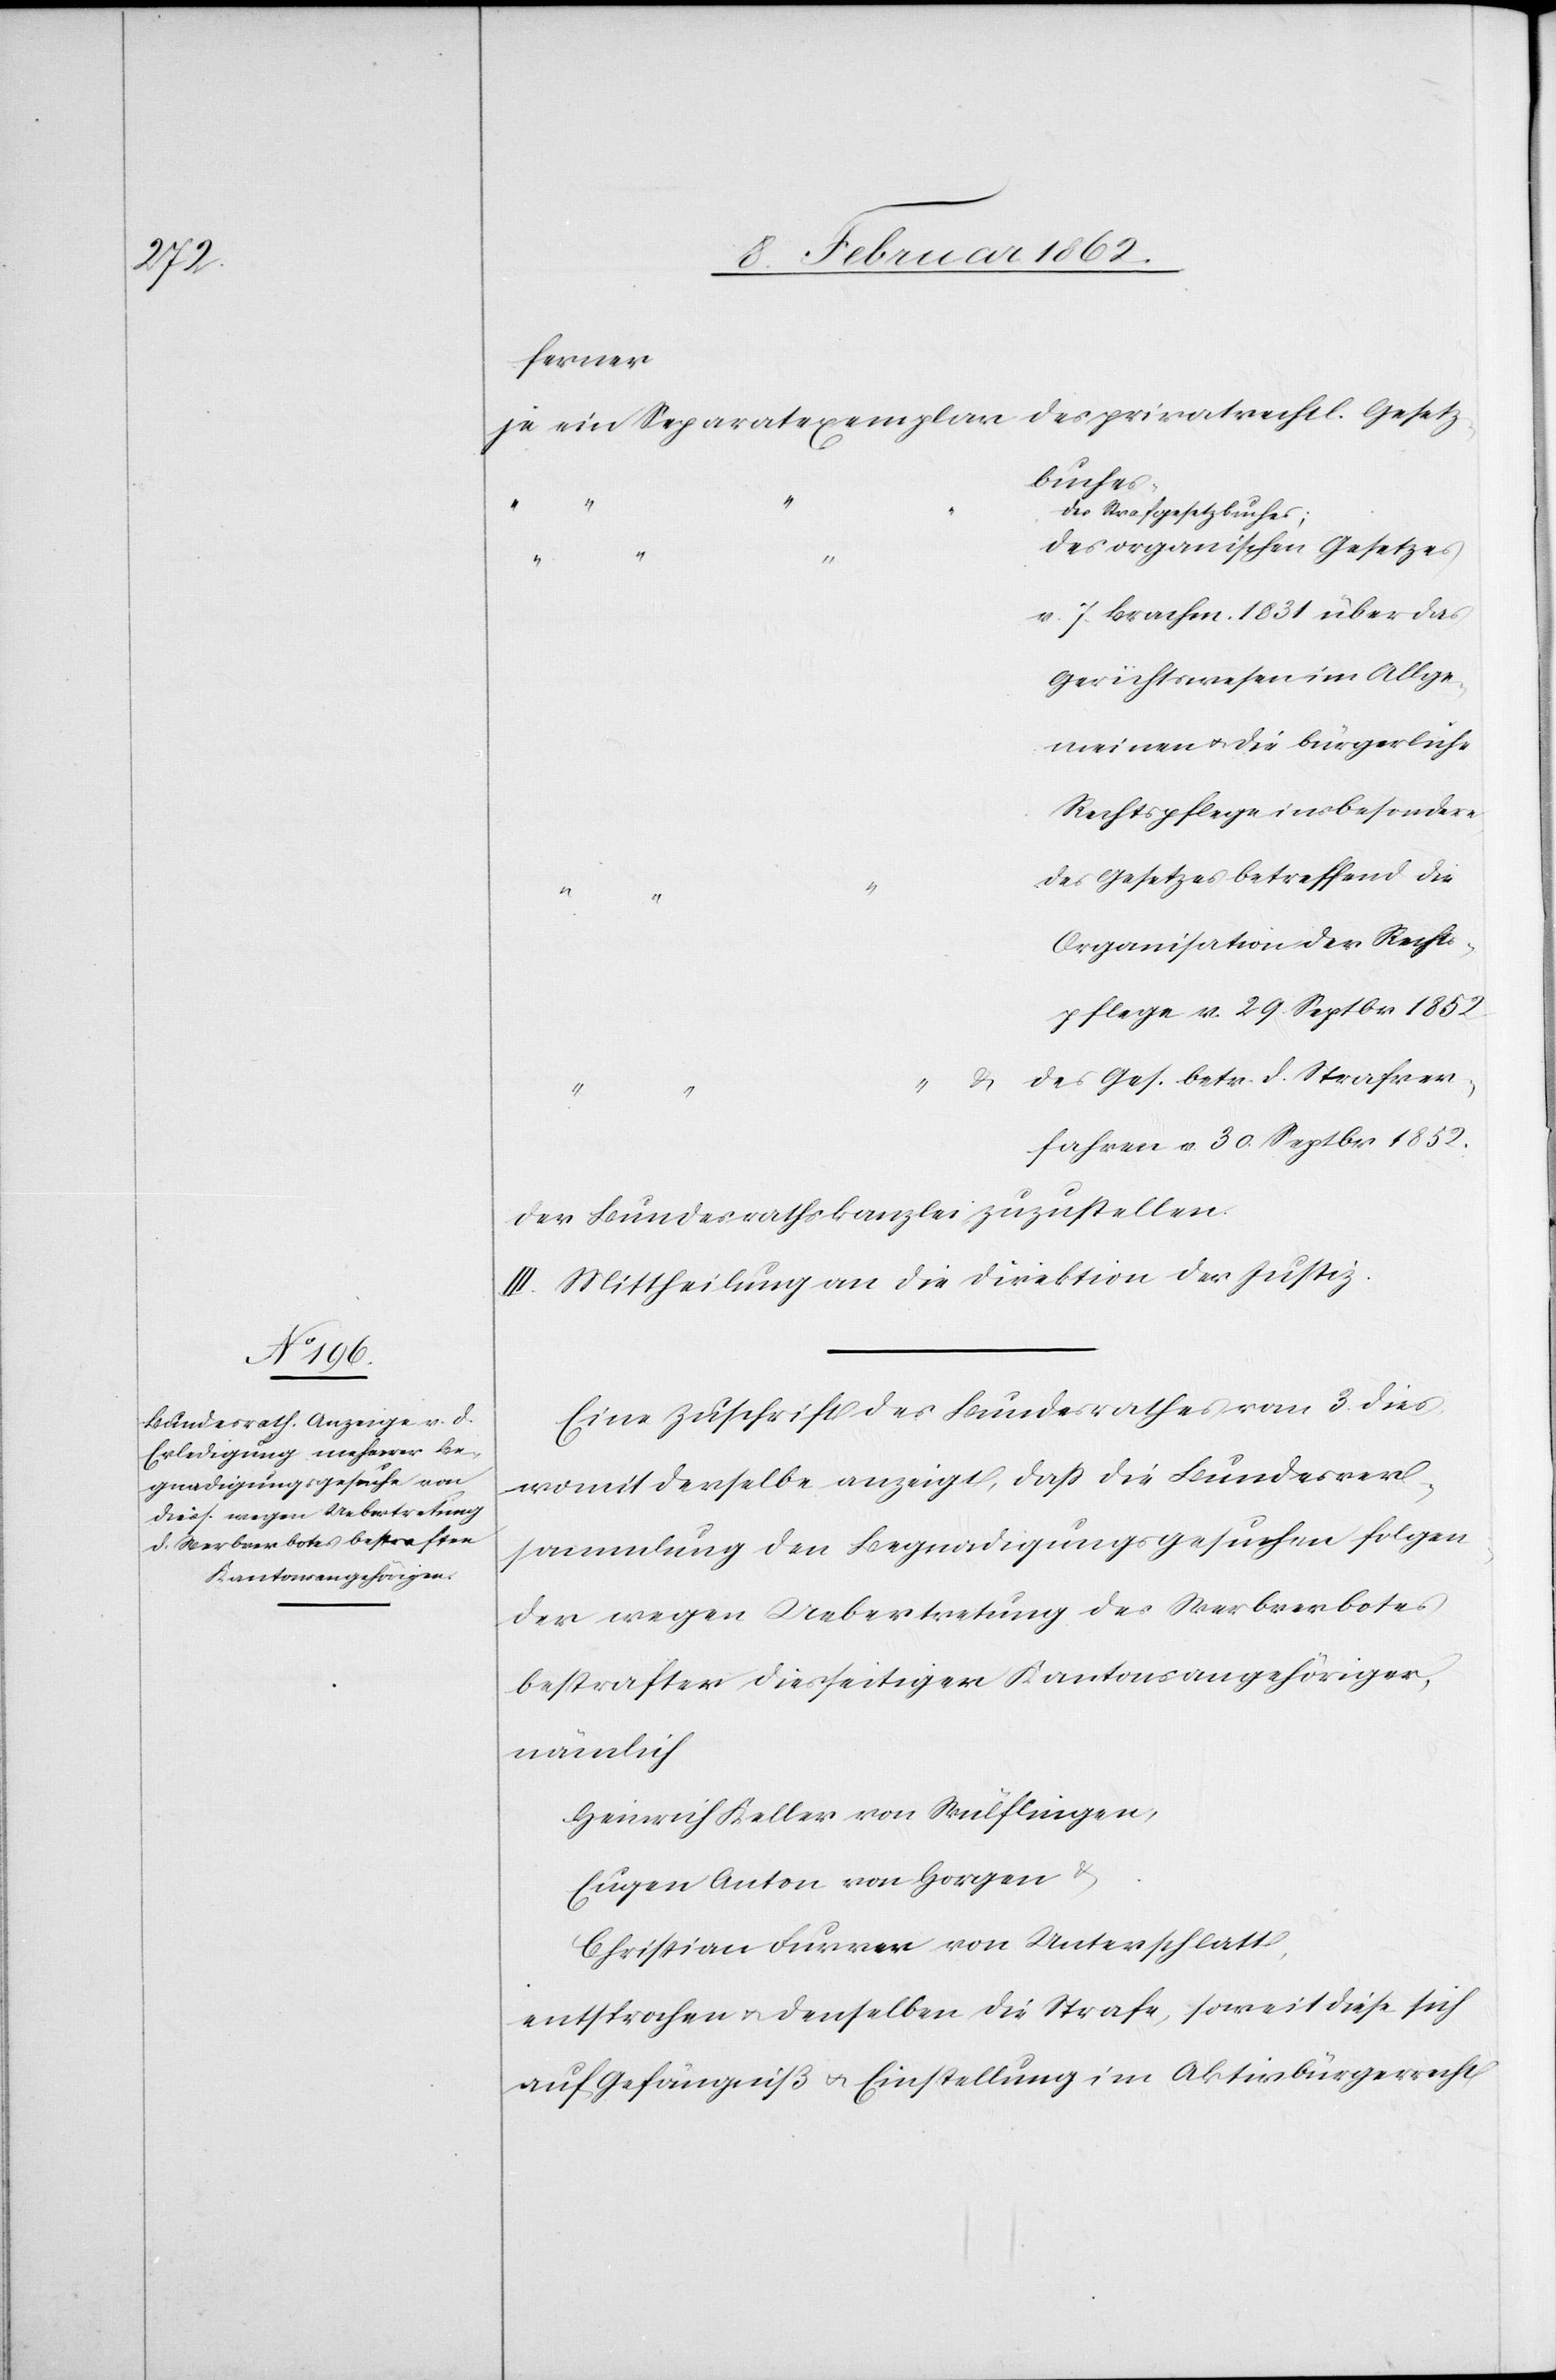
Gesetz¬

ferner
buches,
“
des Strafgesetzbuches;
des organischen Gesetzes
v. 7. Brachm. 1831 über das
Gerichtswesen im Allge¬
meinen u. die bürgerliche
Rechtspflege insbesondere
des Gesetzes betreffend die
Organistion der Rechts¬
pflege v. 29. Septbr 1852
des Ges. betr. die Strafver¬
fahren v. 30. Septbr 1852.
der Bundesrathskanzlei zuzustellen.
III. Mittheilung an die Direktion der Justiz.
Eine Zuschrift des Bundesrathes vom 3. dies,
womit derselbe anzeigt, daß die Bundesver¬
sammlung den Begnadigungsgesuchen folgen¬
der wegen Uebertretung des Werbverbotes
bestrafter diesseitiger Kantonsangehöriger,
nämlich
Heinrich Keller von Wülflingen,
Eugen Anton von Horgen &
Christian Furrer von Unterschlatt,
entsprochen u. denselben die Strafe, soweit diese sich
auf Gefängniß u. Einstellung im Aktivbürgerrecht